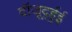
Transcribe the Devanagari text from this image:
दॉजूर्द्हुई